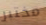
مختبر